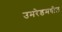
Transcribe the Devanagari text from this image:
उमरेडमधील